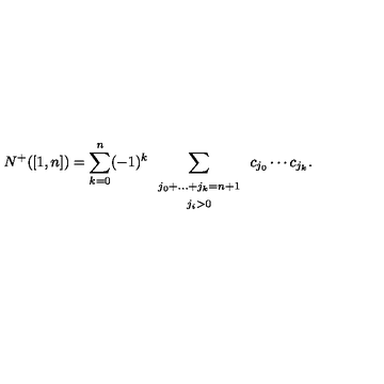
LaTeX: N ^ { + } ( [ 1 , n ] ) = \sum _ { k = 0 } ^ { n } ( - 1 ) ^ { k } \sum _ { \begin{array} { c } { \scriptstyle j _ { 0 } + \dots + j _ { k } = n + 1 } \\ { \scriptstyle j _ { i } > 0 } \\ \end{array} } c _ { j _ { 0 } } \cdots c _ { j _ { k } } .